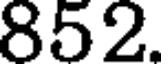
852.